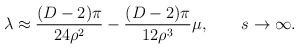
\begin{align*}\lambda\approx\frac{(D-2)\pi}{24\rho^2}-\frac{(D-2)\pi}{12\rho^3}\mu, \qquad s \rightarrow \infty.\end{align*}